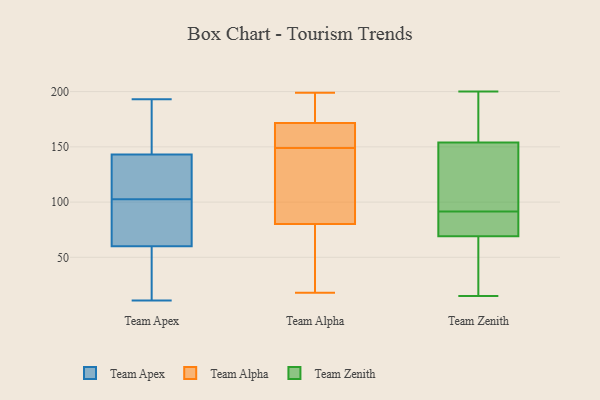
{"axis": {"x": "Energy Usage (MWh)", "y": "Value"}, "legend": ["Team Alpha", "Team Apex", "Team Zenith"], "data": [{"x": "", "y": 100, "type": "Team Apex"}, {"x": "", "y": 60, "type": "Team Apex"}, {"x": "", "y": 97, "type": "Team Apex"}, {"x": "", "y": 193, "type": "Team Apex"}, {"x": "", "y": 157, "type": "Team Apex"}, {"x": "", "y": 123, "type": "Team Apex"}, {"x": "", "y": 143, "type": "Team Apex"}, {"x": "", "y": 39, "type": "Team Apex"}, {"x": "", "y": 182, "type": "Team Apex"}, {"x": "", "y": 141, "type": "Team Apex"}, {"x": "", "y": 105, "type": "Team Apex"}, {"x": "", "y": 75, "type": "Team Apex"}, {"x": "", "y": 13, "type": "Team Apex"}, {"x": "", "y": 38, "type": "Team Apex"}, {"x": "", "y": 181, "type": "Team Apex"}, {"x": "", "y": 69, "type": "Team Apex"}, {"x": "", "y": 110, "type": "Team Apex"}, {"x": "", "y": 11, "type": "Team Apex"}, {"x": "", "y": 152, "type": "Team Alpha"}, {"x": "", "y": 70, "type": "Team Alpha"}, {"x": "", "y": 184, "type": "Team Alpha"}, {"x": "", "y": 199, "type": "Team Alpha"}, {"x": "", "y": 149, "type": "Team Alpha"}, {"x": "", "y": 167, "type": "Team Alpha"}, {"x": "", "y": 184, "type": "Team Alpha"}, {"x": "", "y": 138, "type": "Team Alpha"}, {"x": "", "y": 31, "type": "Team Alpha"}, {"x": "", "y": 111, "type": "Team Alpha"}, {"x": "", "y": 173, "type": "Team Alpha"}, {"x": "", "y": 157, "type": "Team Alpha"}, {"x": "", "y": 18, "type": "Team Alpha"}, {"x": "", "y": 54, "type": "Team Alpha"}, {"x": "", "y": 122, "type": "Team Alpha"}, {"x": "", "y": 155, "type": "Team Zenith"}, {"x": "", "y": 134, "type": "Team Zenith"}, {"x": "", "y": 90, "type": "Team Zenith"}, {"x": "", "y": 28, "type": "Team Zenith"}, {"x": "", "y": 79, "type": "Team Zenith"}, {"x": "", "y": 151, "type": "Team Zenith"}, {"x": "", "y": 197, "type": "Team Zenith"}, {"x": "", "y": 79, "type": "Team Zenith"}, {"x": "", "y": 49, "type": "Team Zenith"}, {"x": "", "y": 153, "type": "Team Zenith"}, {"x": "", "y": 200, "type": "Team Zenith"}, {"x": "", "y": 51, "type": "Team Zenith"}, {"x": "", "y": 59, "type": "Team Zenith"}, {"x": "", "y": 93, "type": "Team Zenith"}, {"x": "", "y": 82, "type": "Team Zenith"}, {"x": "", "y": 104, "type": "Team Zenith"}, {"x": "", "y": 164, "type": "Team Zenith"}, {"x": "", "y": 15, "type": "Team Zenith"}, {"x": "", "y": 80, "type": "Team Zenith"}, {"x": "", "y": 167, "type": "Team Zenith"}]}